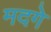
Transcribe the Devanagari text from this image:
मदगे